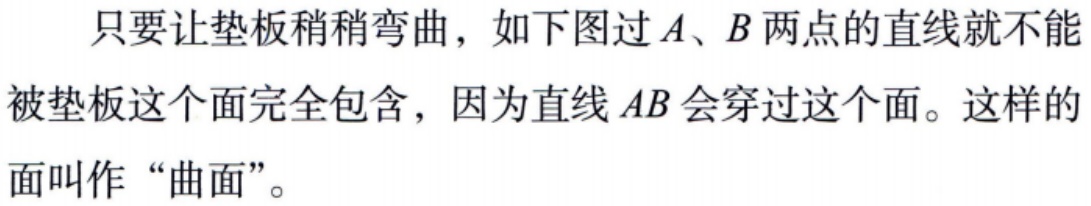
只要让垫板稍稍弯曲，如下图过\(A、B\)两点的直线就不能被垫板这个面完全包含，因为直线\(AB\)会穿过这个面。这样的面叫作“曲面”。